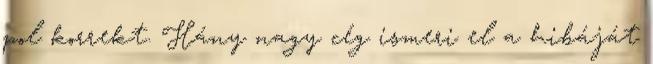
pol korrekt. Hány nagy cég ismeri el a hibáját